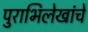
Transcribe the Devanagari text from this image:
पुराभिलेखांचे